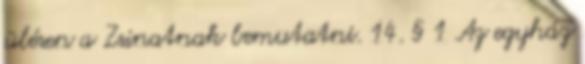
ülésen a Zsinatnak bemutatni. 14. § 1 Az egyház